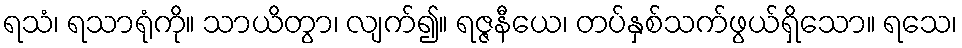
ရသံ၊ ရသာရုံကို။ သာယိတွာ၊ လျက်၍။ ရဇ္ဇနီယေ၊ တပ်နှစ်သက်ဖွယ်ရှိသော။ ရသေ၊